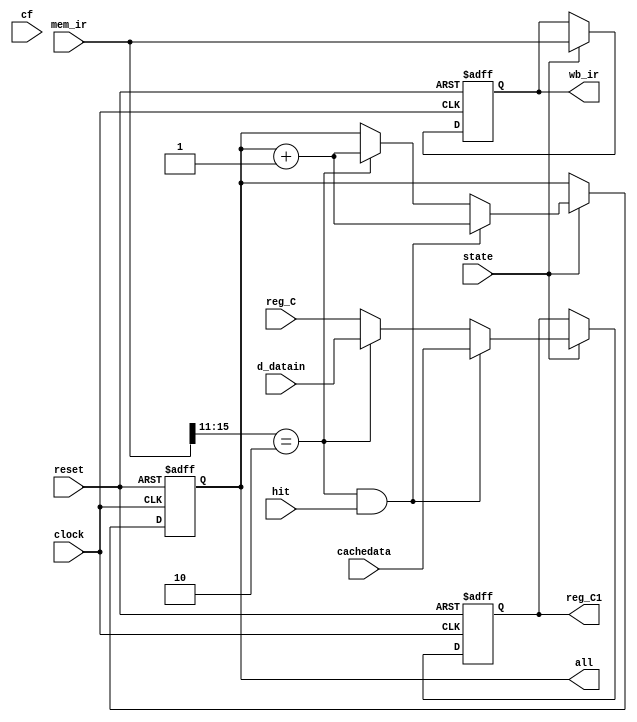
`timescale 1ns / 1ps
//////////////////////////////////////////////////////////////////////////////////
// Company: 
// Engineer: 
// 
// Design Name: 
// Module Name:    MEM 
// Project Name: 
// Target Devices: 
// Tool versions: 
// Description: 
//
// Dependencies: 
//
// Revision: 
// Revision 0.01 - File Created
// Additional Comments: 
//
//////////////////////////////////////////////////////////////////////////////////
`define idle	1'b0
`define exec	1'b1
// instruction 
`define NOP	5'b00000
`define HALT	5'b00001
`define LOAD	5'b00010
`define STORE	5'b00011
`define SLL	5'b00100
`define SLA	5'b00101
`define SRL	5'b00110
`define SRA	5'b00111
`define ADD	5'b01000
`define ADDI	5'b01001
`define SUB	5'b01010
`define SUBI	5'b01011
`define CMP	5'b01100
`define AND	5'b01101
`define OR	5'b01110
`define XOR	5'b01111
`define LDIH	5'b10000
`define ADDC	5'b10001
`define SUBC	5'b10010
`define JUMP	5'b11000
`define JMPR	5'b11001
`define BZ	5'b11010
`define BNZ	5'b11011
`define BN	5'b11100
`define BNN	5'b11101
`define BC	5'b11110
`define BNC	5'b11111
//register 
`define gr0	3'b000
`define gr1	3'b001
`define gr2	3'b010
`define gr3	3'b011
`define gr4	3'b100
`define gr5	3'b101
`define gr6	3'b110
`define gr7	3'b111
module MEM(
input wire clock,reset,state,cf,hit,
input wire[15:0]mem_ir,d_datain,reg_C,cachedata,
output reg[15:0]wb_ir,reg_C1,
output reg[127:0]all
    );

//reg [15:0]pastmiss;
//reg flag;
//reg bg;
always@(posedge clock or posedge reset)//
begin
	if (reset)
		begin
		 wb_ir <= 16'b0000_0000_0000_0000;
		 reg_C1 <= 16'b0000_0000_0000_0000;
		 all <= 0;
		 //pastmiss <= 0;
		 //flag <= 0;
		 //bg <= 0;
		 //miss <= 0;
		end
	else if (state == `exec)
			begin
				wb_ir <= mem_ir;
				if (mem_ir[15:11] == `LOAD&&hit)
				begin
				reg_C1 <= cachedata;
				//flag <= 0;
				all <= all + 1;
				//bg <= 0;
				//miss <= miss + 1;
				end
				else if(mem_ir[15:11] == `LOAD)
				begin
					reg_C1 <= d_datain;
					all <= all + 1;
					//flag <= 0;
					//pastmiss <= miss;
					//bg <= 1;
					//miss <= miss + 1;
				end
				else
					reg_C1 <= reg_C;
			end
end

endmodule